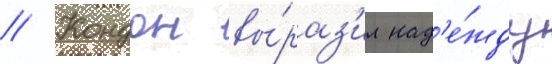
// Кондон вы́раз'ил над'е́жду